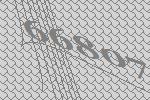
66807